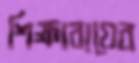
শিক্ষাব্যয়ের